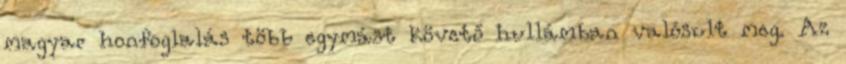
magyar honfoglalás több egymást követő hullámban valósult meg. Az